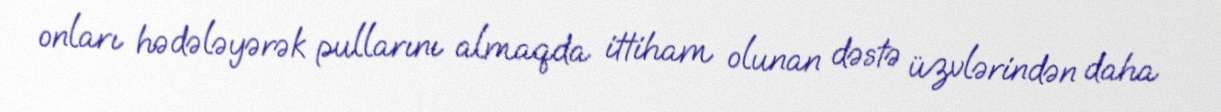
onları hədələyərək pullarını almaqda ittiham olunan dəstə üzvlərindən daha